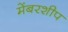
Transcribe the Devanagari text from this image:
मेंबरशीप